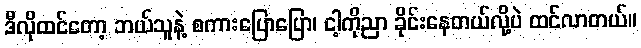
ဒီလိုထင်တော့ ဘယ်သူနဲ့ စကားပြောပြော၊ ငါ့ကိုညာ ခိုင်းနေတယ်လို့ပဲ ထင်လာတယ်။